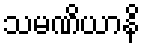
သမဏိယာနိ